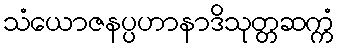
သံယောဇနပ္ပဟာနာဒိသုတ္တဆက္ကံ